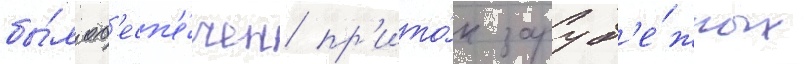
бы́л об'есп'е́чен пр'ито́к заруб'е́жных